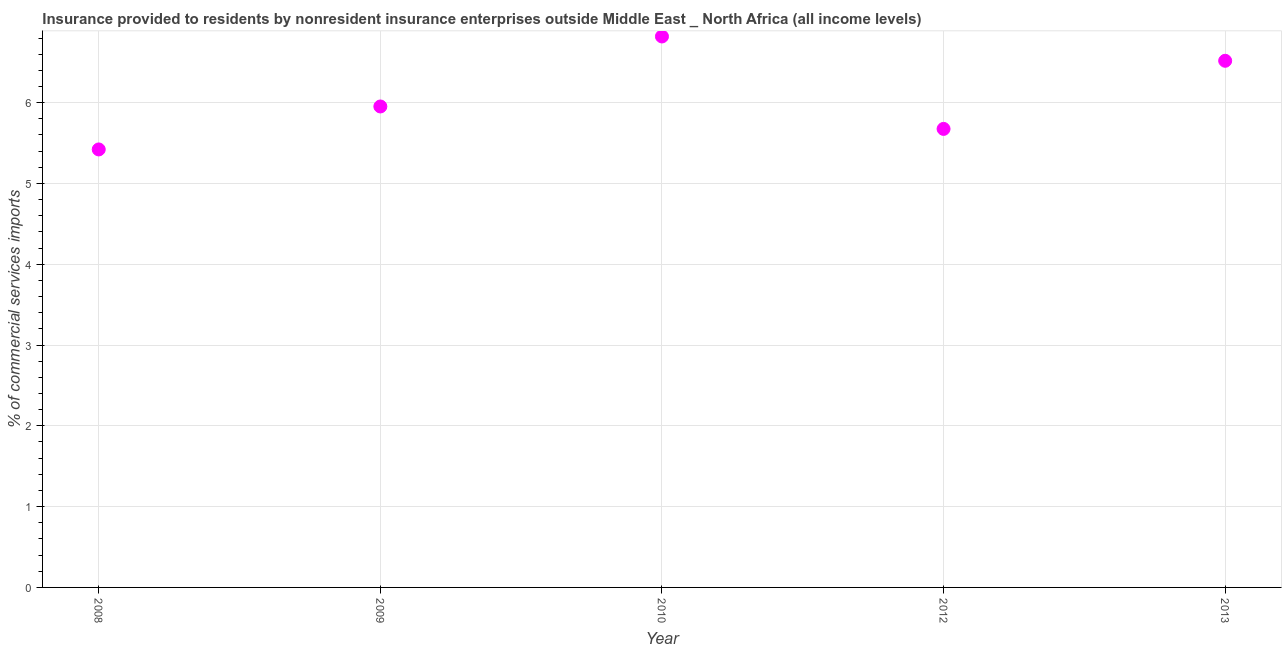
| Year | Insurance provided by non-residents |
 | --- | --- |
 | 2008 | 5.42 |
 | 2009 | 5.95 |
 | 2010 | 6.82 |
 | 2012 | 5.68 |
 | 2013 | 6.52 |